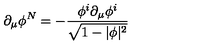
\partial _ { \mu } \phi ^ { N } = - { \frac { \phi ^ { i } \partial _ { \mu } \phi ^ { i } } { \sqrt { 1 - | \phi | ^ { 2 } } } }